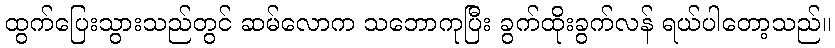
ထွက်ပြေးသွားသည်တွင် ဆမ်လောက သဘောကုပြီး ခွက်ထိုးခွက်လန် ရယ်ပါတော့သည်။